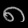
Digit: ၈